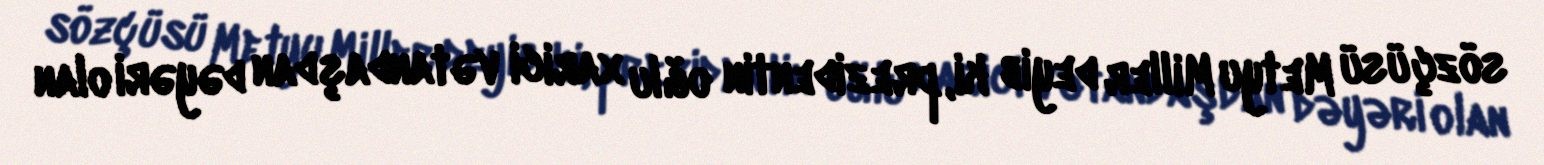
sözçüsü Metyu Miller deyib ki, prezidentin oğlu xarici vətandaşdan dəyəri olan